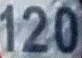
120